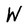
Character: W